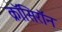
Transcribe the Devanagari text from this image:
क्रॉसिरॉन